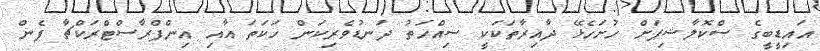
އައިޑީބީގެ ސްކޮލާޝިޕަށް ހުށަހެޅޭ ދާއިރާތަކަކީ ސިއްހަތު ދަނޑުވެރިކަން ހަކަތަ އާއި އިންފްރާސްޓްރަކްޗާ ފެން